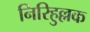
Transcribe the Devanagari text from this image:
निरिहुल्लक